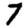
Digit: 7